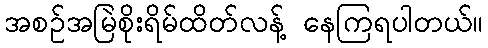
အစဉ်အမြဲစိုးရိမ်ထိတ်လန့် နေကြရပါတယ်။